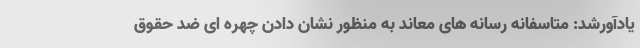
یادآورشد: متاسفانه رسانه های معاند به منظور نشان دادن چهره ای ضد حقوق